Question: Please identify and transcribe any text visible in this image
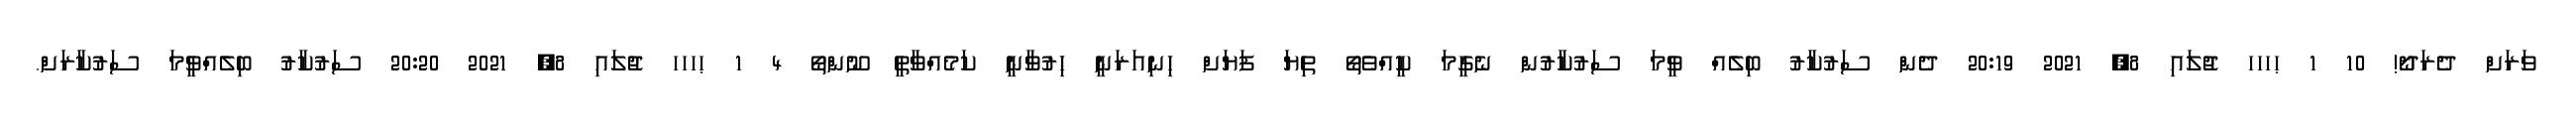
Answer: ވަރަށް ދެރަދޯ! 10 1 ޙހހހ ޖުލައި 8, 2021 20:19 ދެން ސަރުކާރު ބިލެއް ވީމަ ސަރުކާރުން ނެގީމަ ކީއްވެތޯ ތިޔަ ފަޔަށް ހިނިއަރަނީ ހިރުވާނީ ކަމެއްވާތީ ނޫންތޯ 4 1 ޙހހހ ޖުލައި 8, 2021 20:20 ސަރުކާރު ބިލެއްވީމަ ސަރުކާރަށް.